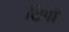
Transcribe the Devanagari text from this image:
टिंगी